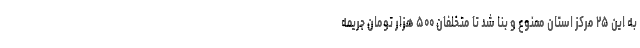
به این ۲۵ مرکز استان ممنوع و بنا شد تا متخلفان ۵۰۰ هزار تومان جریمه